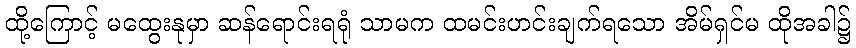
ထို့ကြောင့် မထွေးနုမှာ ဆန်ရောင်းရရုံ သာမက ထမင်းဟင်းချက်ရသော အိမ်ရှင်မ ထိုအခါ၌